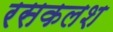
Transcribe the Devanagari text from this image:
रसकलश